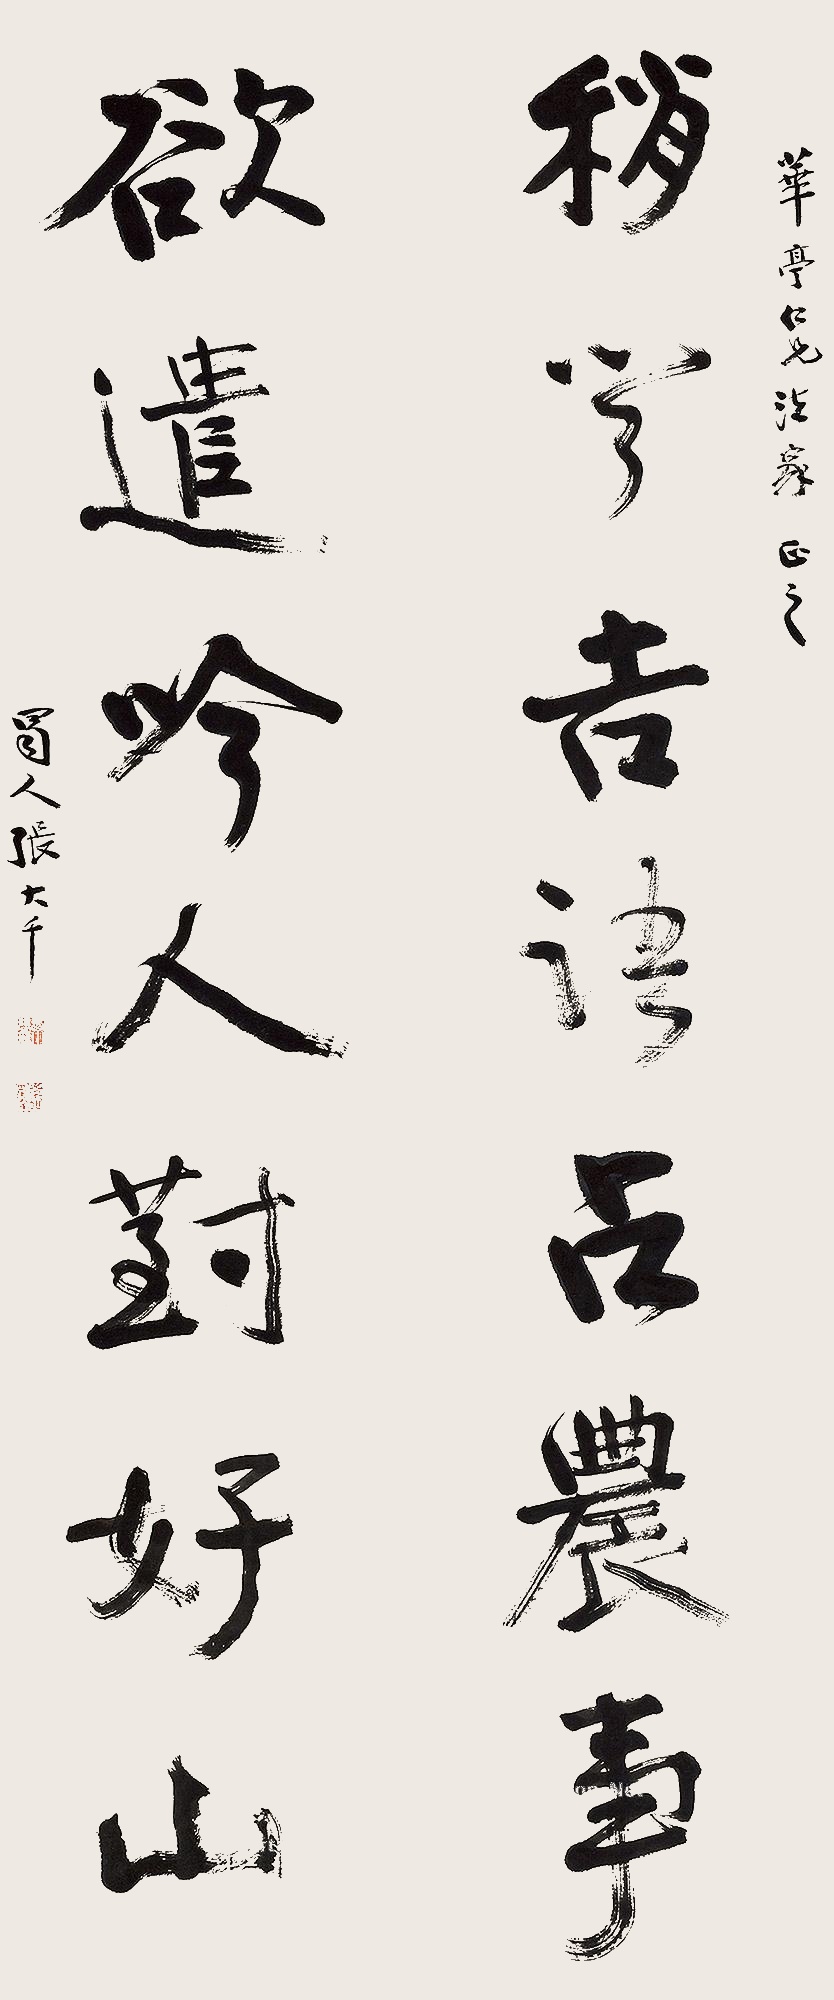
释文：稍问吉语占农事，欲遣吟人对好山。华庭仁兄法家正之，蜀人张大千。